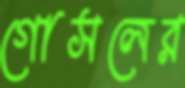
গোসলের